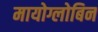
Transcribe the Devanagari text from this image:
मायोग्लोबिन